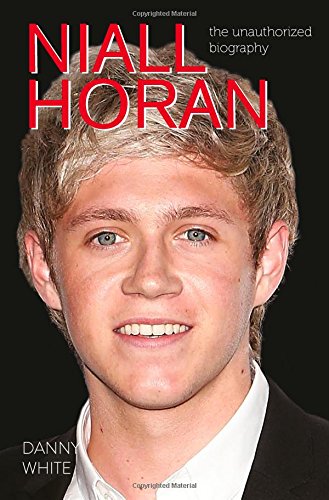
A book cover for Niall Horan: The Unauthorized Biography; Danny White; Teen & Young Adult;